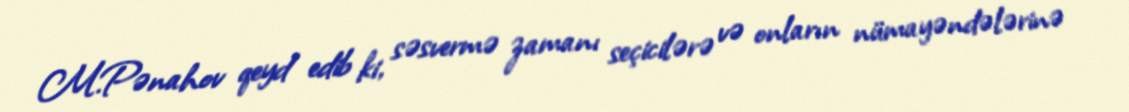
M.Pənahov qeyd edib ki, səsvermə zamanı seçicilərə və onların nümayəndələrinə